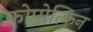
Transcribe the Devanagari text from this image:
कोपोत्किन